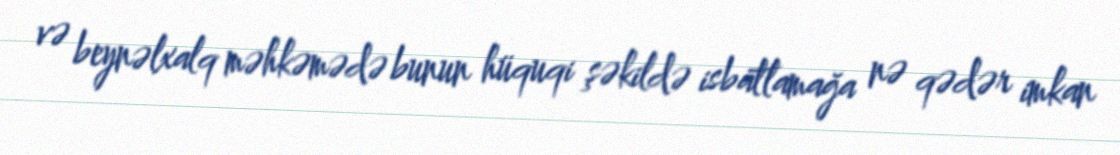
və beynəlxalq məhkəmədə bunun hüquqi şəkildə isbatlamağa nə qədər imkan